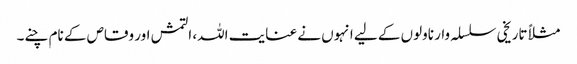
مثلاً تاریخی سلسلہ وار ناولوں کے لیے انہوں نے عنایت اللہ، التمش اور وقاص کے نام چنے۔